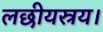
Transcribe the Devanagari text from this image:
लछीयस्रय।